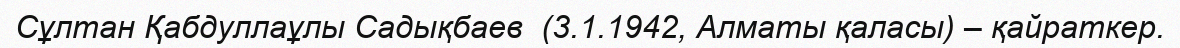
Сұлтан Қабдуллаұлы Садықбаев  (3.1.1942, Алматы қаласы) – қайраткер.